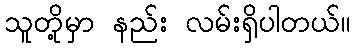
သူတို့မှာ နည်း လမ်းရှိပါတယ်။